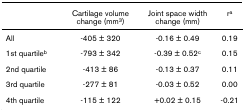
<table><thead><tr><td></td><td><b>Cartilage volume change (mm<sup>3</sup>)</b></td><td><b>Joint space width change (mm)</b></td><td><b>r<sup>a</sup></b></td></tr></thead><tbody><tr><td>All</td><td>-405 ± 320</td><td>-0.16 ± 0.49</td><td>0.19</td></tr><tr><td>1st quartile<sup>b</sup></td><td>-793 ± 342</td><td>-0.39 ± 0.52<sup>c</sup></td><td>0.15</td></tr><tr><td>2nd quartile</td><td>-413 ± 86</td><td>-0.13 ± 0.37</td><td>0.11</td></tr><tr><td>3rd quartile</td><td>-277 ± 81</td><td>-0.03 ± 0.52</td><td>0.00</td></tr><tr><td>4th quartile</td><td>-115 ± 122</td><td>+0.02 ± 0.15</td><td>-0.21</td></tr></tbody></table>